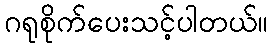
ဂရုစိုက်ပေးသင့်ပါတယ်။